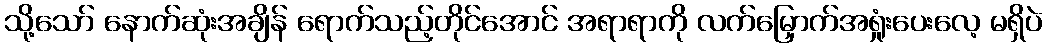
သို့သော် နောက်ဆုံးအချိန် ရောက်သည့်တိုင်အောင် အရာရာကို လက်မြှောက်အရှုံးပေးလေ့ မရှိပဲ